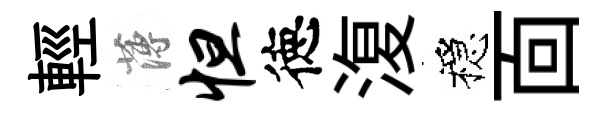
輕薄怛徳𣸪穩靣